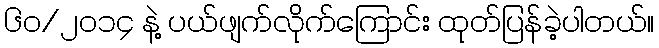
၆၀/၂၀၁၄ နဲ့ ပယ်ဖျက်လိုက်ကြောင်း ထုတ်ပြန်ခဲ့ပါတယ်။